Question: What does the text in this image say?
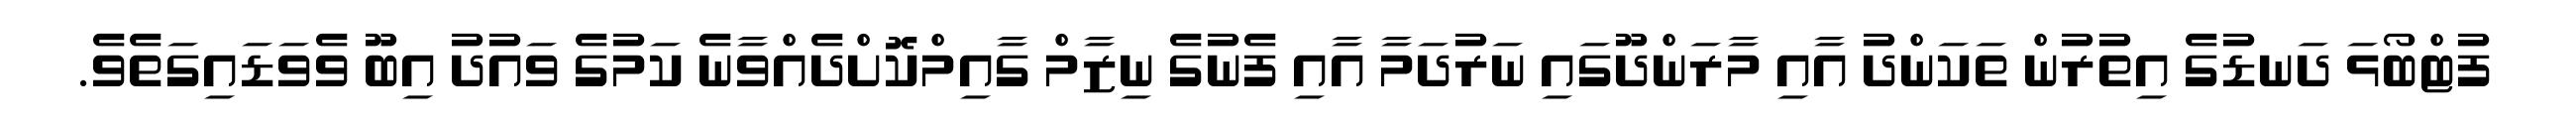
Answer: ފުޓްބޯޅަ ދަނޑުގެ އިތުރުން ތަކަންދު އާއި މާރަންދޫގައި ނަރުދަމާ އާއި ފެނުގެ ނިޒާމް ގާއިމްކޮށްދެއްވާނެ ކަމުގެ ވައުދު އިބޫ ވެވަޑައިގަތެވެ.